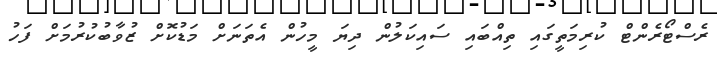
ރެސްޓޯރެންޓް ކުރިމަތީގައި ތިއްބައި ސައިކަލުން ދިޔަ މީހުން އެތަނަށް މަޑުކޮށް ޒުވާބުކުރުމަށް ފަހު